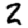
Digit: 2